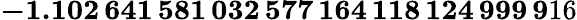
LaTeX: \mathbf{-1.102\, 641\, 581\, 032\, 577\, 164\, 118\, 124\, 999\, 9}16